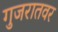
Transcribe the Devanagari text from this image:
गुजरातवर